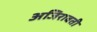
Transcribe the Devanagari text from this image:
अजिरावती